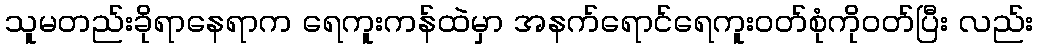
သူမတည်းခိုရာနေရာက ရေကူးကန်ထဲမှာ အနက်ရောင်ရေကူးဝတ်စုံကိုဝတ်ပြီး လည်း